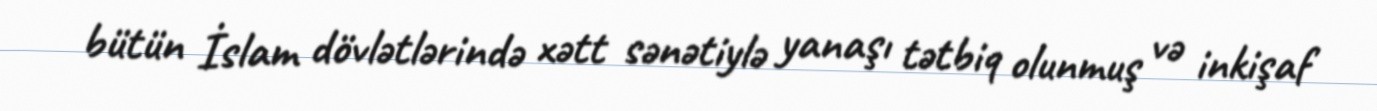
bütün İslam dövlətlərində xətt sənətiylə yanaşı tətbiq olunmuş və inkişaf